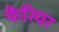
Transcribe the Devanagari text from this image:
फैरियर